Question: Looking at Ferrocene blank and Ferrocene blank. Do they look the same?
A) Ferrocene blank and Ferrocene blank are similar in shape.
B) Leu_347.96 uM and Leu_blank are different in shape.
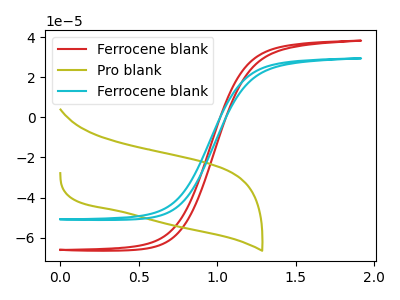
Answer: <think>The red curve "Ferrocene blank" has no peaks. The olive curve "Pro blank" has no peaks. The cyan curve "Ferrocene blank" has no peaks.
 Neither "Ferrocene blank" or "Ferrocene blank" have any peaks.</think>
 <answer>A) "Ferrocene blank" and "Ferrocene blank" are similar in shape.</answer>
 <eval>A</eval>